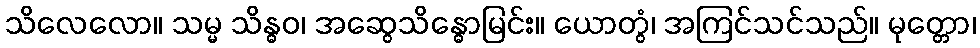
သိလေလော။ သမ္မ သိန္ဓဝ၊ အဆွေသိန္ဓောမြင်း။ ယောတွံ၊ အကြင်သင်သည်။ မုတ္တော၊